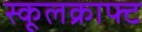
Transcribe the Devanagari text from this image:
स्कूलक्राफ्ट